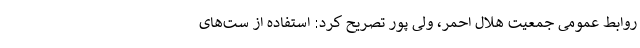
روابط عمومی جمعیت هلال احمر، ولی پور تصریح کرد: استفاده از ست‌های